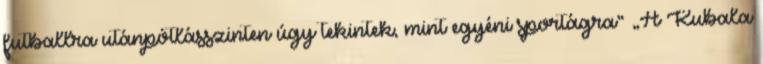
futballra utánpótlásszinten úgy tekintek, mint egyéni sportágra” „A Kubala